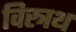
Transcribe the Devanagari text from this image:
विस्त्रथ